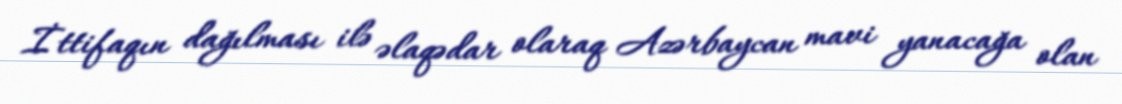
İttifaqın dağılması ilə əlaqədar olaraq Azərbaycan mavi yanacağa olan